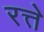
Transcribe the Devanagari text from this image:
रत्ते